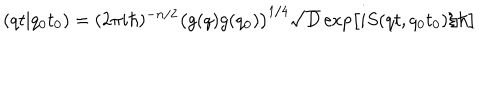
LaTeX: ( q t \vert q _ { 0 } t _ { 0 } ) = ( 2 \pi i \hbar ) ^ { - n / 2 } \bigl ( g ( q ) g ( q _ { 0 } ) \bigr ) ^ { 1 / 4 } \sqrt { D } \exp \bigl [ i S ( q t , q _ { 0 } t _ { 0 } ) / \hbar \bigr ]